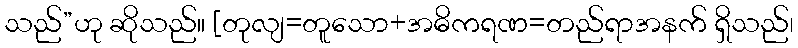
သည်”ဟု ဆိုသည်။ [တုလျ=တူသော+အဓိကရဏ=တည်ရာအနက် ရှိသည်၊